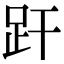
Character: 𧿂